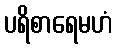
ပရိစာရေမဟံ